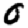
Digit: 0